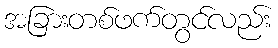
အခြားတစ်ဖက်တွင်လည်း